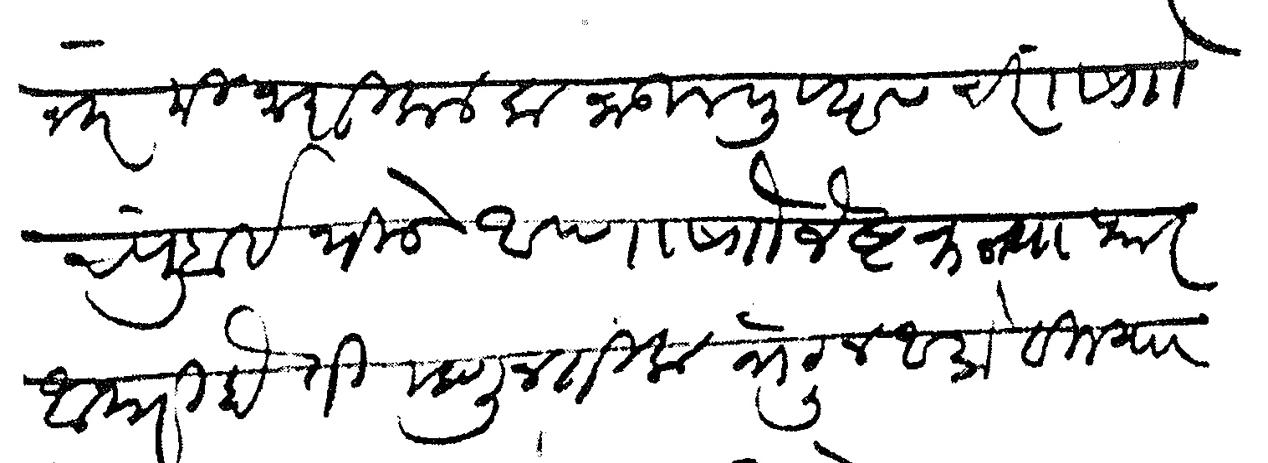
Transliteration (Devanagari): नंतर मी नाशिकाला जाऊन पुण्यास चिरं सौ चंपूबाई भिडे आण्णासाो जेष्ट कन्या फार आजारी होती म्हणून तिला भेटून आलो विजया